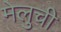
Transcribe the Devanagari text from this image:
मेलुची